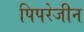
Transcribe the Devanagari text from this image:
पिपरेजीन